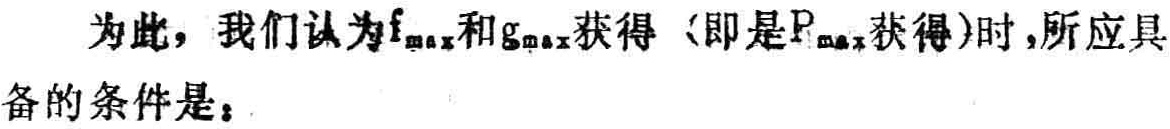
为此，我们认为\(f_{\max}\)和\(g_{\max}\)获得（即是\(P_{\max}\)获得）时，所应具备的条件是：